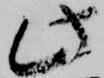
此